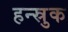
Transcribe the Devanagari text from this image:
हन्स्रुक